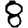
Digit: 8